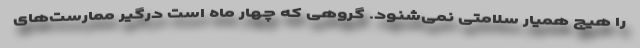
را هیچ همیار سلامتی نمی‌شنود. گروهی که چهار ماه است درگیر ممارست‌های